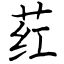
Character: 荭